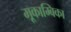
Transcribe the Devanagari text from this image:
मूकाम्‍बिका